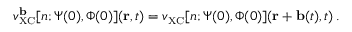
v _ { \scriptscriptstyle \mathrm { X C } } ^ { \bf b } [ n ; \Psi ( 0 ) , \Phi ( 0 ) ] ( { \bf r } , t ) = v _ { \scriptscriptstyle \mathrm { X C } } [ n ; \Psi ( 0 ) , \Phi ( 0 ) ] ( { \bf r } + { \bf b } ( t ) , t ) \, .